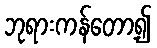
ဘုရားကန်တော့၍